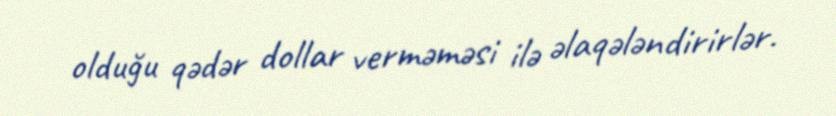
olduğu qədər dollar verməməsi ilə əlaqələndirirlər.